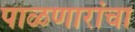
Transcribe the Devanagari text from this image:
पाळणारांचा